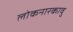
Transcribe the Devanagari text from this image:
लोकनारकावु